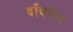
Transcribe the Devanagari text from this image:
दाँवपेच